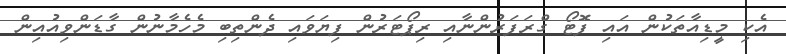
އެކި މީޑިއާތަކުން އައި ފޮޓޯ ގްރަފަރުންނާއި ރިޕޯޓަރުން ފިޔަވައި ދެންތިބި މެހެމާނުން ގާޑަންވިއުއިން